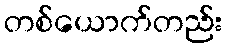
တစ်ယောက်တည်း